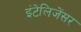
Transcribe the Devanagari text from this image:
इंटेलिजेंसर